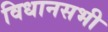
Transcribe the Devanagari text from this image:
विधानसभी